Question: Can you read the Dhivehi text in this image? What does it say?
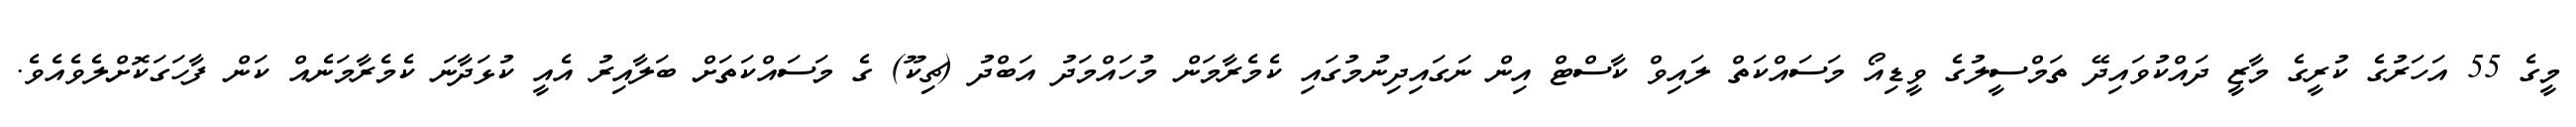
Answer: މީގެ 55 އަހަރުގެ ކުރީގެ މާޒީ ދައްކުވައިދޭ ތަމްސީލުގެ ވީޑިއޯ މަސައްކަތް ލައިވް ކާސްޓް އިން ނަގައިދިނުމުގައި ކެމެރާމަން މުހައްމަދު އަބްދު (ޗިކޫ) ގެ މަސައްކަތަށް ބަލާއިރު އެއީ ކުޅަދާނަ ކެމެރާމަނެއް ކަން ފާހަގަކޮށްލެވެއެވެ.